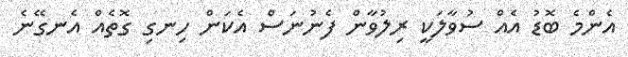
އެންމެ ބޮޑު އެއް ސުވާލަކީ ރިލުވާން ފެނުނަސް އެކަން ހިނގި ގޮތެއް އެނގޭނެ